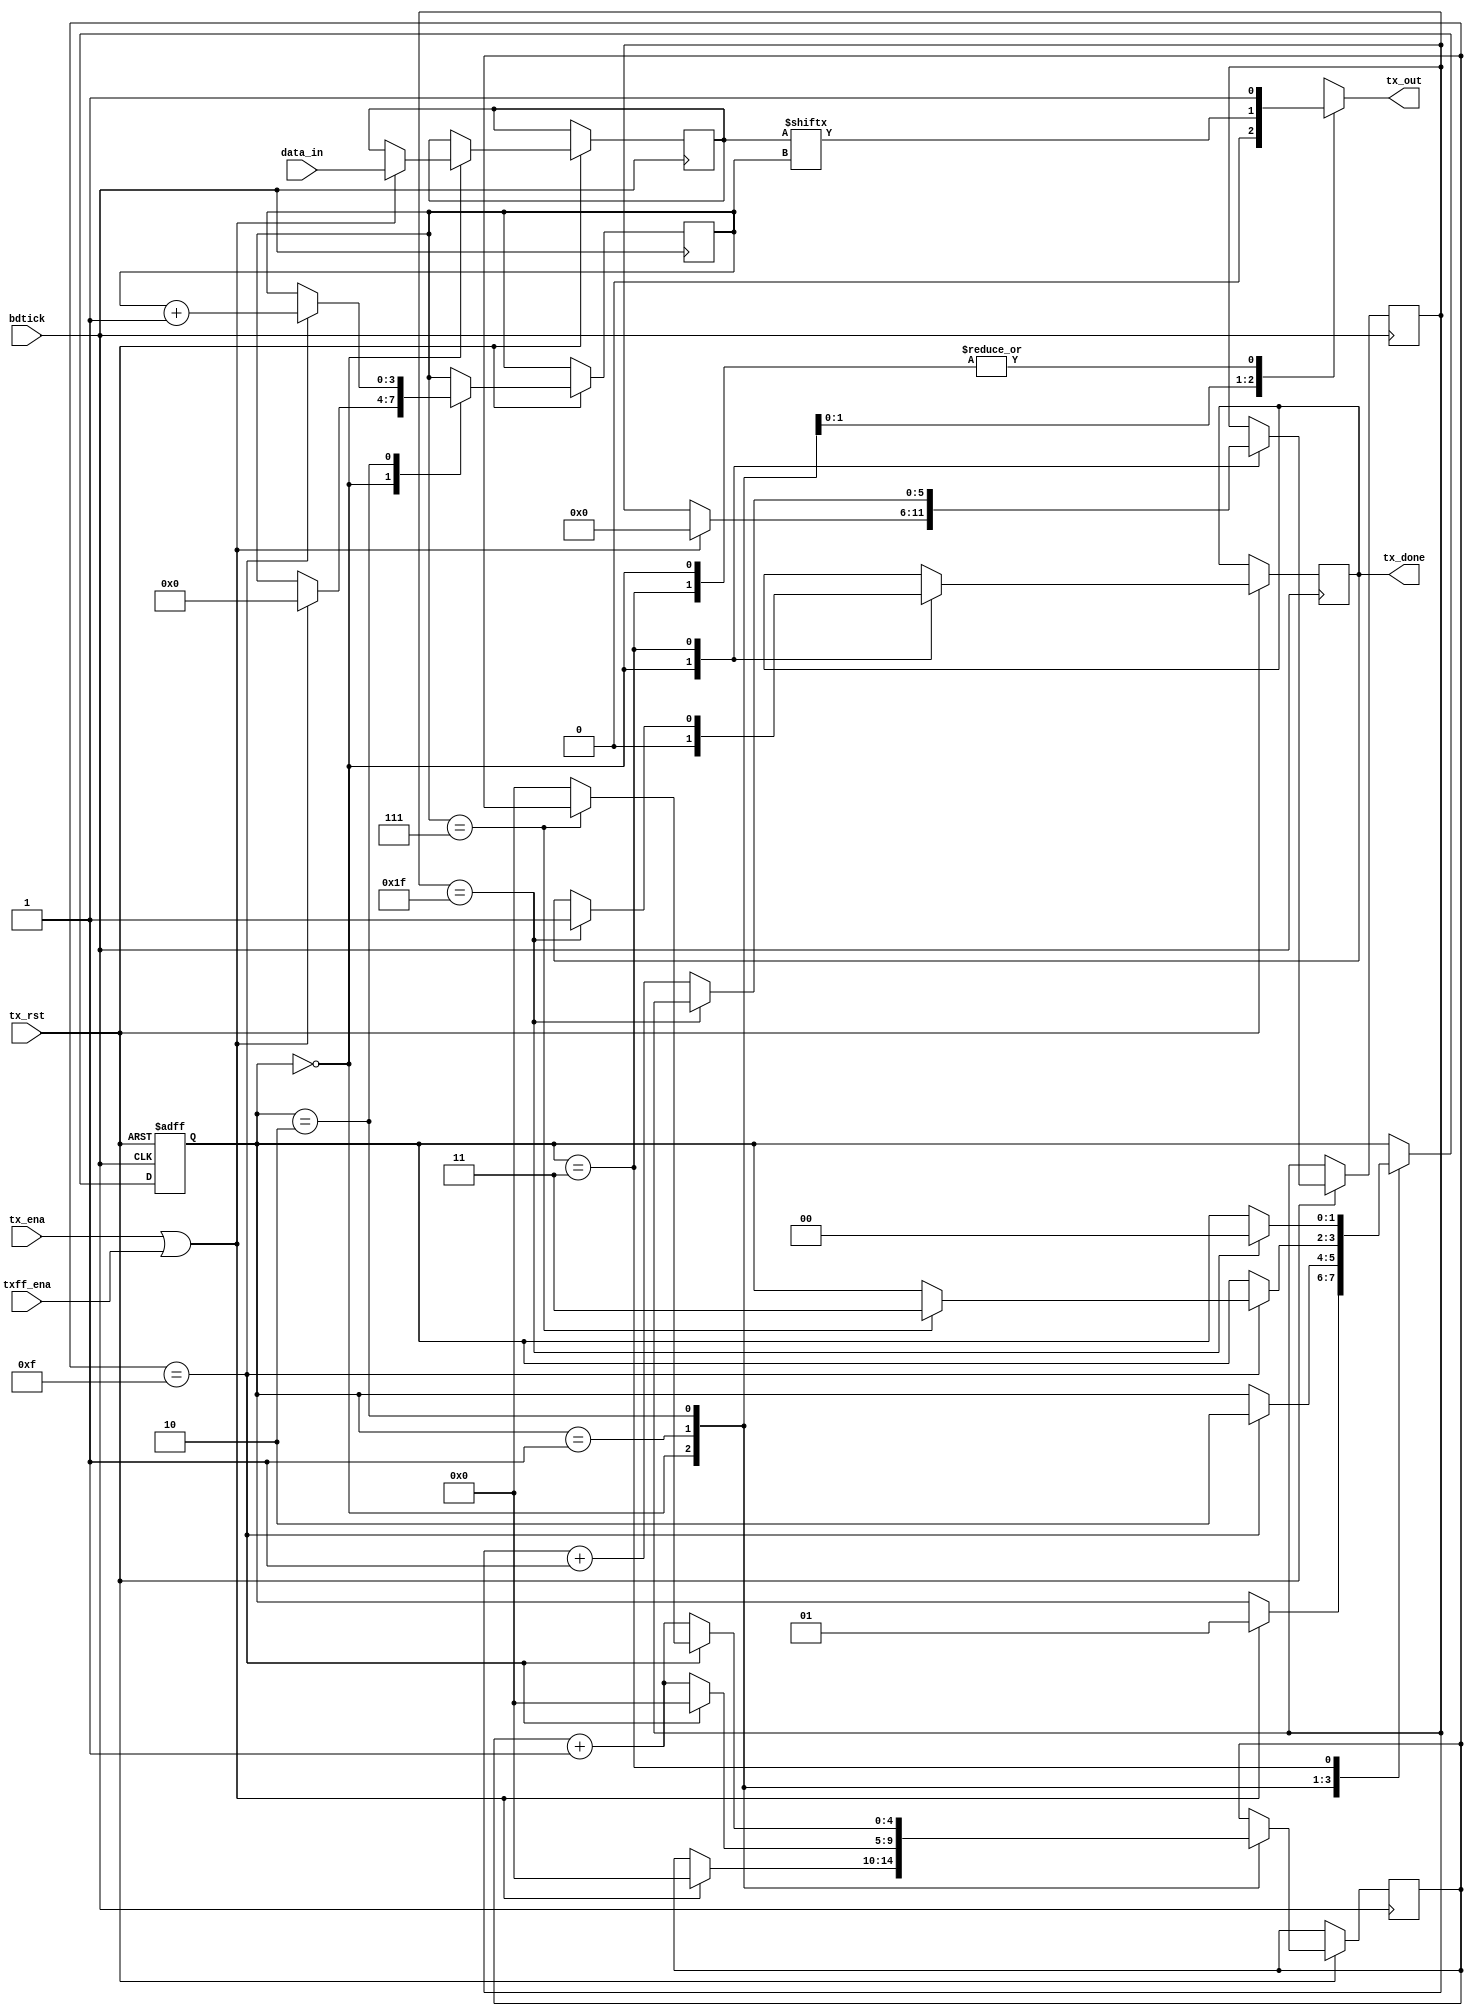
module tx #(parameter NBITS = 8, parameter NTICK = 16)(
//inputs
input	bdtick, tx_ena, tx_rst, txff_ena,
input [NBITS - 1 :0] data_in,

//outputs
output reg  tx_out, tx_done
);


	// PARAMETROS
localparam IDLE = 0, START = 1, DATA = 2, STOP = 3; // estados
// NBITS Numero de bits del valor a transmitir
// NTICK Numero de ticks por bit de informacin
	
	// VARIABLES DE ENTORNO
reg [$clog2(NBITS)    :0] i;
reg [$clog2(NTICK)   :0] s;
reg [$clog2(NTICK*2)   :0] nstop;
reg [1:0] state;
reg [NBITS - 1 :0] datareg;


	// SALIDAS DE CADA ESTADO
always @ (state, i) begin
	case (state)
		IDLE:
			tx_out = 1'b1;
		START:
			tx_out = 1'b0;
		DATA:
			tx_out = datareg[i];
		STOP:
			tx_out = 1'b1;
	endcase
end


	//LOGICA DE CAMBIO DE ESTADOS
always@(posedge bdtick, negedge tx_rst) 
begin
	if (!tx_rst)
	begin
		state <= IDLE;
	end
	else
	begin
		case (state)
			IDLE:
				// IDLE BODY
				if(tx_ena || txff_ena)
				begin
					s <= 0;
					i <= 0;
					nstop <= 0;
					tx_done <= 1'b0;
					datareg <= data_in;
					state <= START;
				end
				else
				begin
					tx_done <= 1'b0;
				end
			START:
				//START BODY
				if(s==NTICK - 1)
				begin
					s <= 0;
					state <= DATA;
				end
				else
				begin
					s <= s + 1'b1;
				end
			DATA:
				//DATA BODY
				if(s==NTICK-1)
				begin
					if(i==NBITS-1)
						state <= STOP;
					else
						s <= 0;
						i <= i + 1'b1;
				end
				else
				begin
					s <= s + 1'b1;
				end
			STOP:
				//STOP BODY
				if(nstop==(NTICK*2)-1)
				begin
					tx_done <= 1'b1;
					state <= IDLE;
				end
				else
					nstop <= nstop + 1'b1;
		endcase
	end
end

endmodule